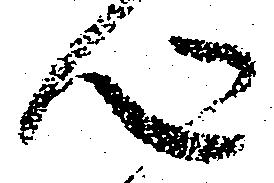
心